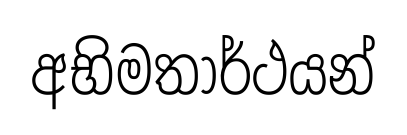
අභිමතාර්ථයන්